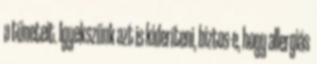
a tüneteit. Igyekszünk azt is kideríteni, biztos-e, hogy allergiás